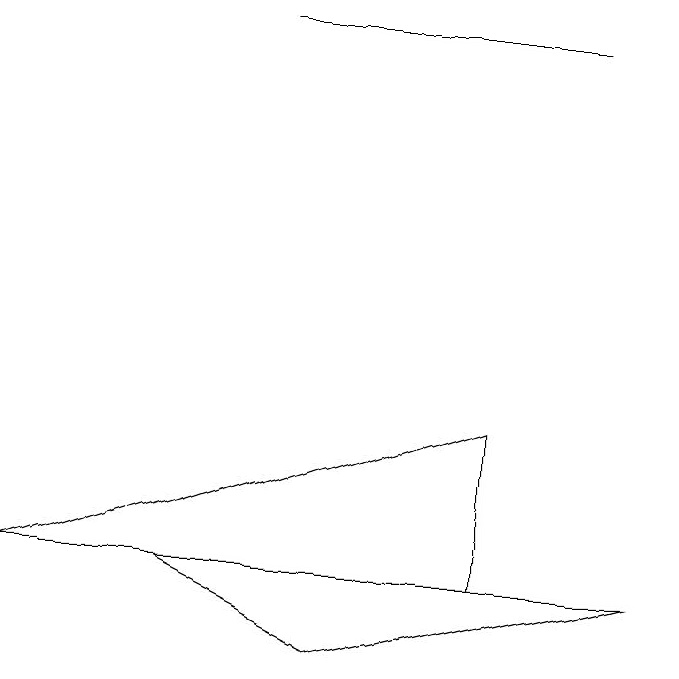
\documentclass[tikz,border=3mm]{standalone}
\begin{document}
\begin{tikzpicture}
\draw (7,14) rectangle (3,14);
\draw (4,6) -- (2,7) -- (8,7) -- cycle;
\draw (6,9) -- (0,7) -- (6,7) -- cycle;
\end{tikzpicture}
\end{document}